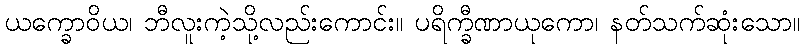
ယက္ခောဝိယ၊ ဘီလူးကဲ့သို့လည်းကောင်း။ ပရိက္ခီဏာယုကော၊ နတ်သက်ဆုံးသော။